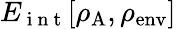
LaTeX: E_{\mathrm{~i~n~t~}}[\rho_{\mathrm{A}},\rho_{\mathrm{env}}]